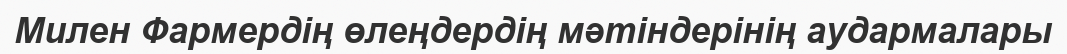
Милен Фармердің өлеңдердiң мәтiндерiнiң аудармалары